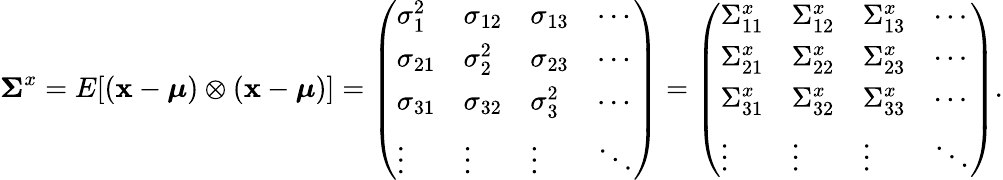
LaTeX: {\boldsymbol{\Sigma}}^{x}=E[(\mathbf{x}-{\boldsymbol{\mu}})\otimes(\mathbf{x}-{\boldsymbol{\mu}})]={\left(\begin{array}{llll}{\sigma_{1}^{2}}&{\sigma_{12}}&{\sigma_{13}}&{\cdots}\\ {\sigma_{21}}&{\sigma_{2}^{2}}&{\sigma_{23}}&{\cdots}\\ {\sigma_{31}}&{\sigma_{32}}&{\sigma_{3}^{2}}&{\cdots}\\ {\vdots}&{\vdots}&{\vdots}&{\ddots}\end{array}\right)}={\left(\begin{array}{llll}{{\Sigma}_{11}^{x}}&{{\Sigma}_{12}^{x}}&{{\Sigma}_{13}^{x}}&{\cdots}\\ {{\Sigma}_{21}^{x}}&{{\Sigma}_{22}^{x}}&{{\Sigma}_{23}^{x}}&{\cdots}\\ {{\Sigma}_{31}^{x}}&{{\Sigma}_{32}^{x}}&{{\Sigma}_{33}^{x}}&{\cdots}\\ {\vdots}&{\vdots}&{\vdots}&{\ddots}\end{array}\right)}.